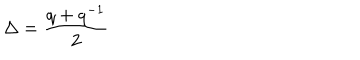
\Delta = \frac { q + q ^ { - 1 } } { 2 }